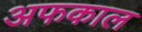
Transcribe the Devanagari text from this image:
अफकाल